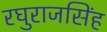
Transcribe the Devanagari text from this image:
रघुराजसिंह